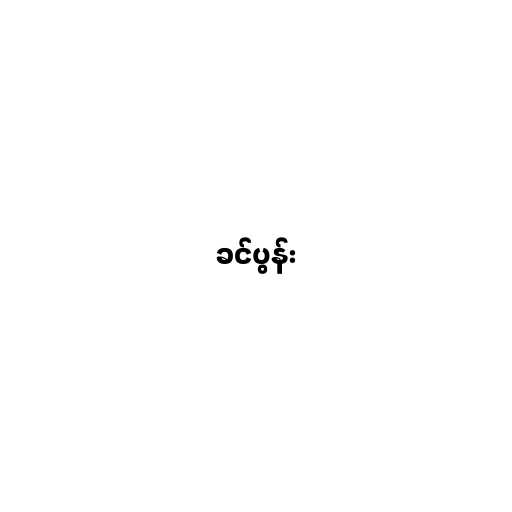
ခင်ပွန်း